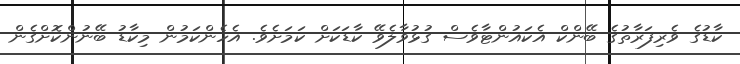
ކާޑުގެ ވެރިފަރާތުގެ ބޭންކް އެކައުންޓާވެސް ގުޅުވާލެވޭ ކާޑަކަށް ކަމަށެވެ. އެހެންކަމުން މިކާޑު ބޭނުންކޮށްގެން